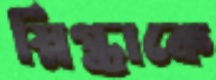
স্নিগ্ধাকে